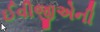
ઈવીજીએની